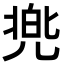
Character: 兠